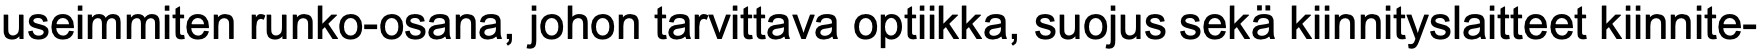
useimmiten runko-osana, johon tarvittava optiikka, suojus sekä kiinnityslaitteet kiinnite-